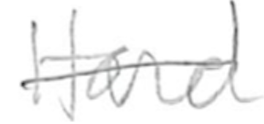
Text: Hard
Cross-out: single-line
Writing tool: pencil